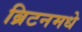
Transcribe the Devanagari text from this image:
ब्रिटनमधे